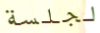
لجلسة